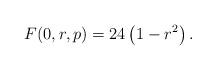
LaTeX: \begin{align*}F(0,r,p)=24 \left(1-r^2\right).\end{align*}